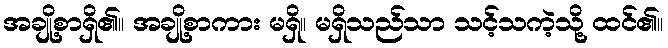
အချို့စာရှိ၏။ အချို့စာကား မရှိ။ မရှိသည်သာ သင့်သကဲ့သို့ ထင်၏။